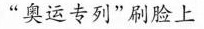
“奥运专列"刷脸上